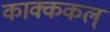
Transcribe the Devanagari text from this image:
काक्ककल्